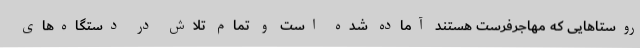
روستاهایی که مهاجرفرست هستند آماده شده است و تمام تلاش در دستگاه‌های